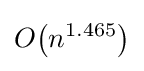
O{\mathord {\left(n^{1.465}\right)}}